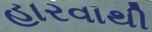
હારવાથી